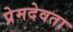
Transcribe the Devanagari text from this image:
प्रेमदेवता